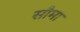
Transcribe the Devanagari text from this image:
सौमा